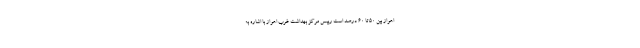
اهواز بین ۵۰ تا ۶۰ درصد است رییس مرکز بهداشت غرب اهواز با اشاره به